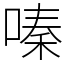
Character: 嗪